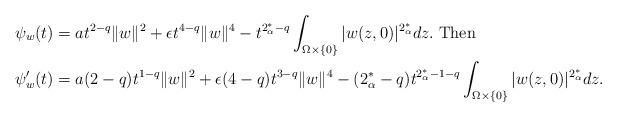
LaTeX: \begin{align*}&\psi_w(t)=at^{2-q}\|w\|^2+\epsilon t^{4-q}\|w\|^{4}-t^{2^*_\alpha-q}\int_{\Omega\times\{0\}} |w(z,0)|^{2^*_\alpha} dz.\;\textrm{Then}\;\\&\psi_w^{\prime}(t)=a(2-q)t^{1-q}\|w\|^2+\epsilon (4-q)t^{3-q}\|w\|^{4}-(2^*_\alpha-q)t^{2^*_\alpha-1-q}\int_{\Omega\times\{0\}} |w(z,0)|^{2^*_\alpha} dz.\end{align*}